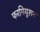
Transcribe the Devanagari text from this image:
फरगियूशन